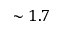
\sim 1 . 7